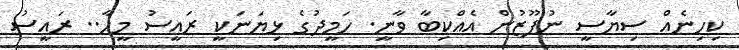
ކިހިނެއް ސިޔާސީ ނުފޫޒުން އެއްކިބާ ވާނީ. ހަމީދުގެ ޅިޔަނަކީ ރައީސު މީހާ.. ރައީސު